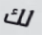
لك